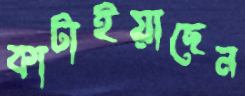
কাটাইয়াছেন